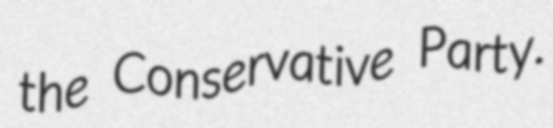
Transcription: the Conservative Party.